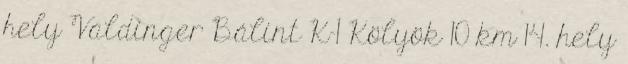
hely Valdinger Bálint K-1 Kölyök 10 km 14. hely